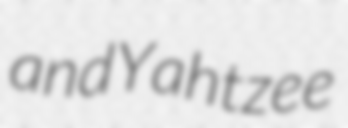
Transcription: and Yahtzee